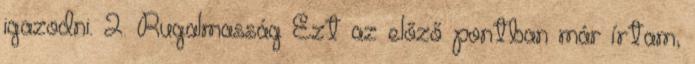
igazodni. 2. Rugalmasság Ezt az előző pontban már írtam,